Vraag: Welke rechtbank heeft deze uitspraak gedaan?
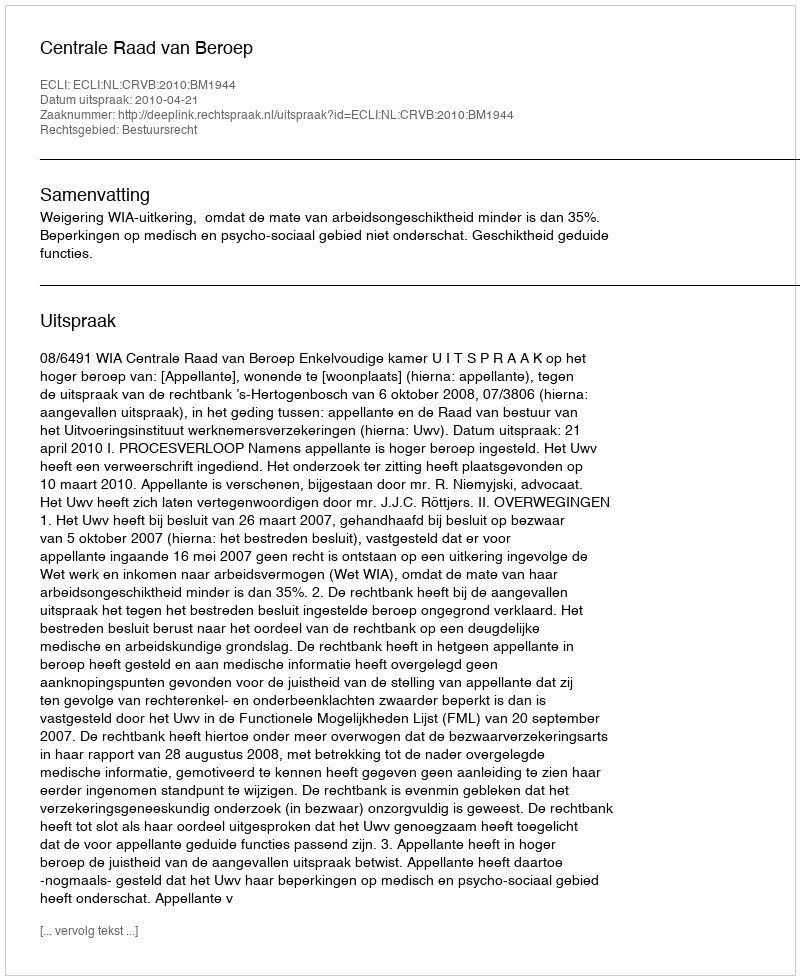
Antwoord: Centrale Raad van Beroep